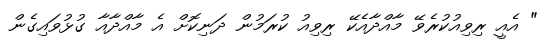
" އެއީ ރިވިއުކުރެވޭ މާއްދާއެކޭ ރިވިއު ކުރަމުން ދަނިކޮށް އެ މާއްދާއާ ގުޅުވައިގެން